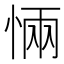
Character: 𭝏